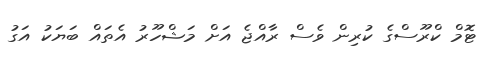
ޓޮމް ކްރޫސްގެ ކުރިން ވެސް ރާއްޖެ އަށް މަޝްހޫރު އެތައް ބަޔަކު އަގު